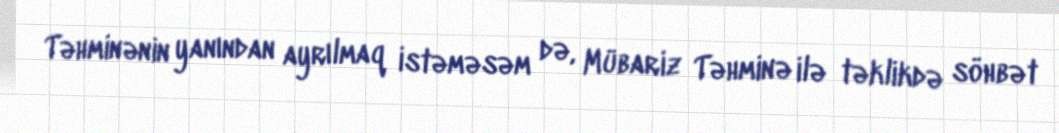
Təhminənin yanından ayrılmaq istəməsəm də, Mübariz Təhminə ilə təklikdə söhbət